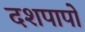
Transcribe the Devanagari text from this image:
दशपापों